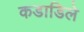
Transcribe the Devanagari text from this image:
कडाडिले